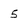
Character: 5